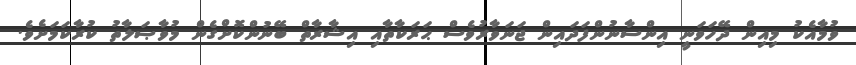
ވުމާއެކު މިއިން ދޭހަވަނީ އިންސާނުންފަދައިން ޖަނަވާރުވެސް ޙަރަކާތާއި އިޝާރާތް ބޭނުންކޮށްގެން މުވާޞަލާތު ކުރާކަމަށެވެ.